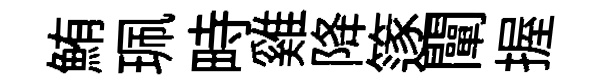
鮪珮畤雞降篴闡握